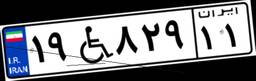
۶۵W۶۶۱۳۹